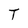
Character: T